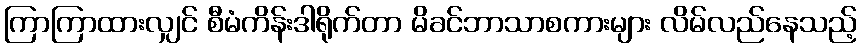
ကြာကြာထားလျှင် စီမံကိန်းဒါရိုက်တာ မိခင်ဘာသာစကားများ လိမ်လည်နေသည့်